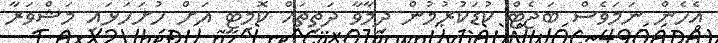
އެހެން ނަމަވެސް ބަޖެޓް ކުޑަކުރުމުން ދިމާވާ ދަތިތައް ކޮމިޓީ އަށް ހުށަހަޅައި މަޝްވަރާ